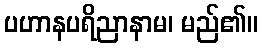
ပဟာနပရိညာနာမ၊ မည်၏။